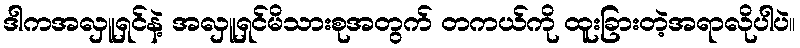
ဒါကအလှူရှင်နဲ့ အလှူရှင်မိသားစုအတွက် တကယ်ကို ထူးခြားတဲ့အရာလိုပါပဲ။